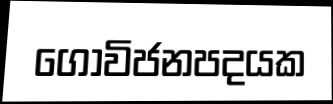
ගොවිජනපදයක